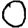
Digit: 0